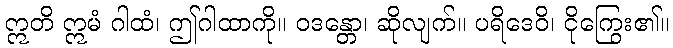
ဣတိ ဣမံ ဂါထံ၊ ဤဂါထာကို။ ဝဒန္တော၊ ဆိုလျက်။ ပရိဒေဝိ၊ ငိုကြွေး၏။